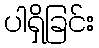
ပါရှိခြင်း